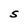
Character: S